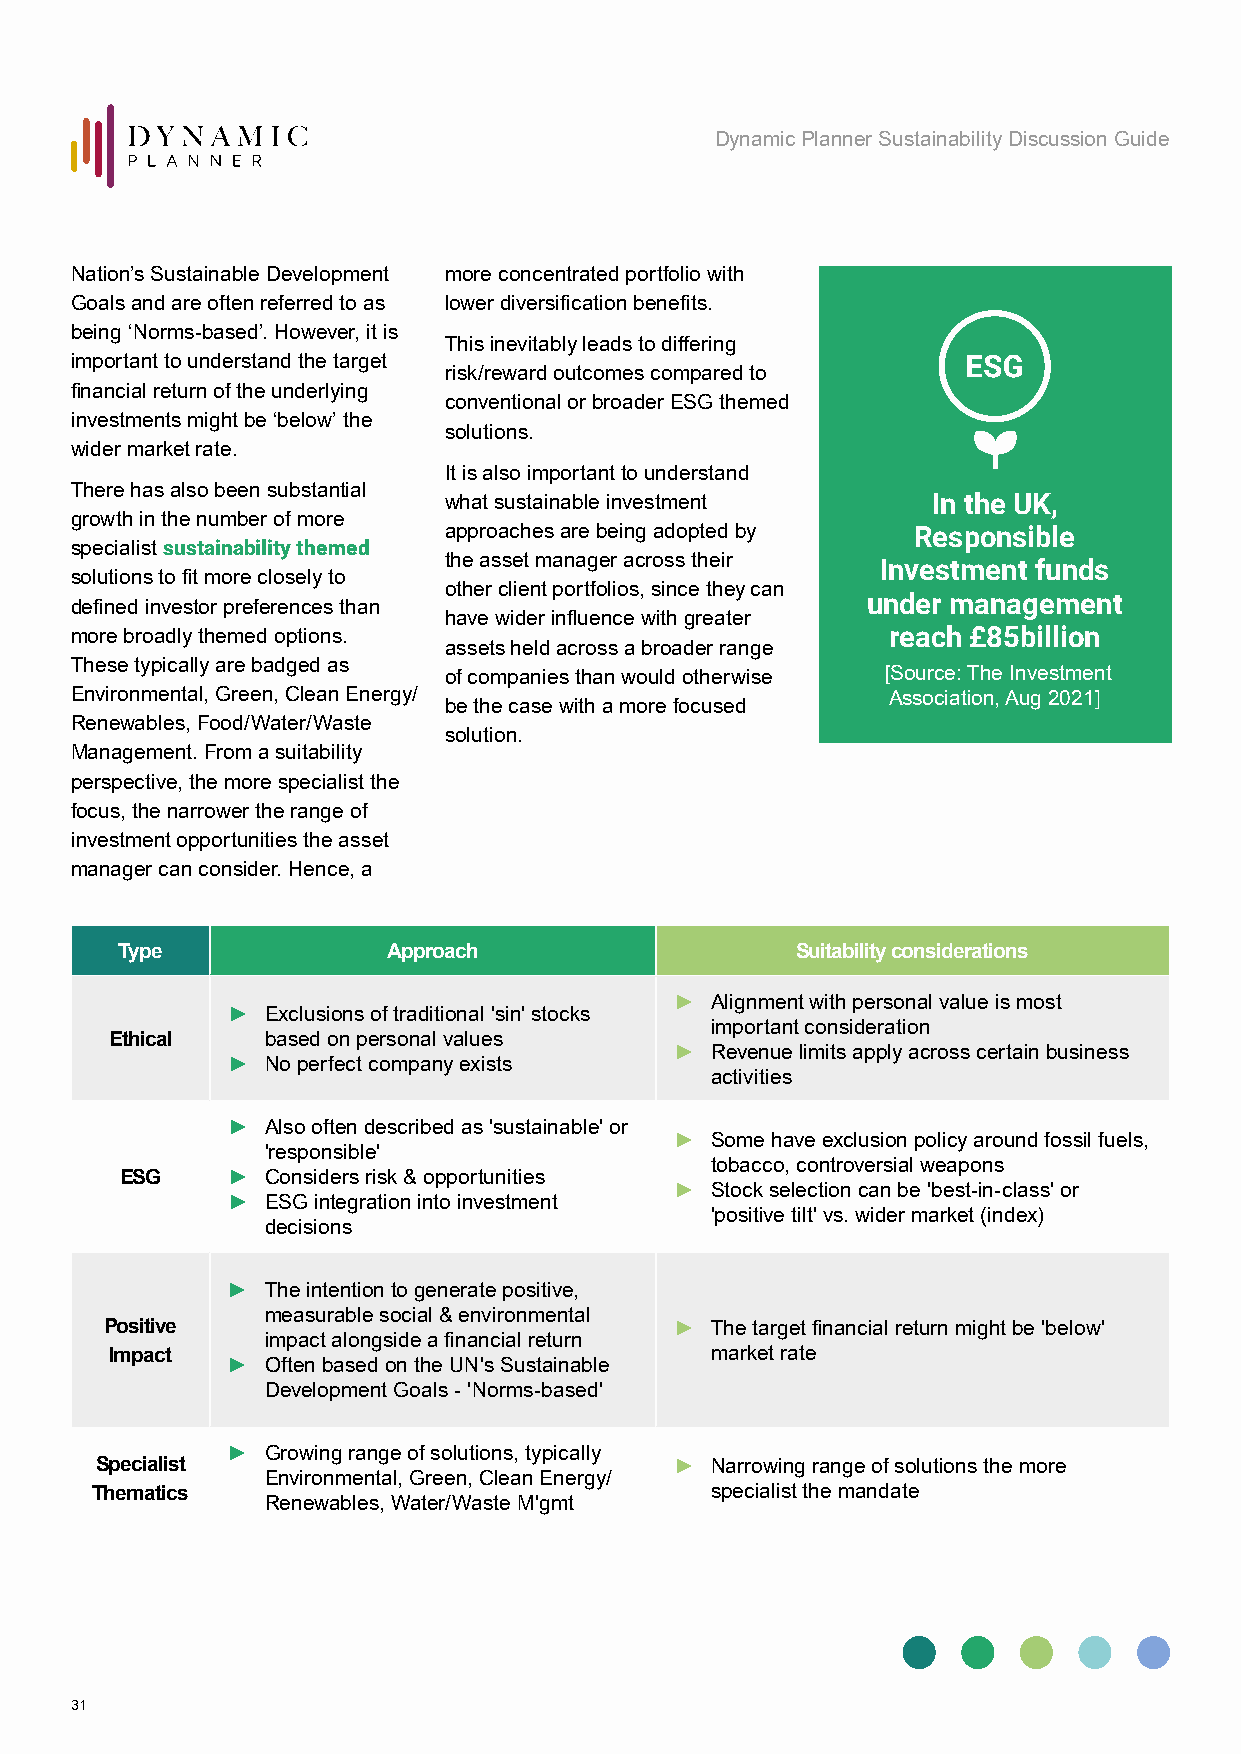
Dynamic Planner Sustainability Discussion Guide
 Nation’s Sustainable Development more concentrated portfolio with
 Goals and are often referred to as lower diversification benefits.
 being ‘Norms-based’. However, it is
 This inevitably leads to differing
 important to understand the target
 risk/reward outcomes compared to
 financial return of the underlying
 conventional or broader ESG themed
 investments might be ‘below’ the
 solutions.
 wider market rate.
 It is also important to understand
 There has also been substantial
 what sustainable investment      In the UK,
 growth in the number of more
 approaches are being adopted by Responsible
 specialist sustainability themed
 the asset manager across their Investment funds
 solutions to fit more closely to
 other client portfolios, since they can
 under management
 defined investor preferences than
 have wider influence with greater
 more broadly themed options.                          reach £85billion
 assets held across a broader range
 These typically are badged as
 of companies than would otherwise [Source: The Investment
 Environmental, Green, Clean Energy/                   Association, Aug 2021]
 be the case with a more focused
 Renewables, Food/Water/Waste
 solution.
 Management. From a suitability
 perspective, the more specialist the
 focus, the narrower the range of
 investment opportunities the asset
 manager can consider. Hence, a
 Type              Approach                   Suitability considerations
 ► Alignment with personal value is most
 ►  Exclusions of traditional 'sin' stocks
 important consideration
 Ethical    based on personal values
 ► Revenue limits apply across certain business
 ►  No perfect company exists
 activities
 ►  Also often described as 'sustainable' or
 ► Some have exclusion policy around fossil fuels,
 'responsible'
 tobacco, controversial weapons
 ESG    ►  Considers risk & opportunities
 ► Stock selection can be 'best-in-class' or
 ►  ESG integration into investment
 'positive tilt' vs. wider market (index)
 decisions
 ►  The intention to generate positive,
 measurable social & environmental
 Positive                              ► The target financial return might be 'below'
 impact alongside a financial return
 Impact                                  market rate
 ►  Often based on the UN's Sustainable
 Development Goals - 'Norms-based'
 ►  Growing range of solutions, typically
 Specialist                             ► Narrowing range of solutions the more
 Environmental, Green, Clean Energy/
 Thematics                                specialist the mandate
 Renewables, Water/Waste M'gmt
 31